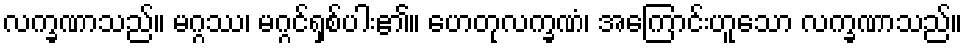
လက္ခဏာသည်။ မဂ္ဂဿ၊ မဂ္ဂင်ရှစ်ပါး၏။ ဟေတုလက္ခဏံ၊ အကြောင်းဟူသော လက္ခဏာသည်။